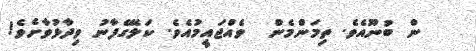
ން ބުނޫއެވެ. ތިމަންމެން  ވެއްޖައީމުއެވެ. ކަލޭގެފާނު ވިދާޅުވާށެވެ!